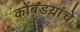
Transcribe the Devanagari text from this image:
कोंबडय़ांचे